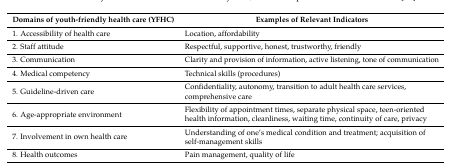
<table><thead><tr><td><b>Domains of youth-friendly health care (YFHC)</b></td><td><b>Examples of Relevant Indicators</b></td></tr></thead><tbody><tr><td>1. Accessibility of health care</td><td>Location, affordability</td></tr><tr><td>2. Staff attitude</td><td>Respectful, supportive, honest, trustworthy, friendly</td></tr><tr><td>3. Communication</td><td>Clarity and provision of information, active listening, tone of communication</td></tr><tr><td>4. Medical competency</td><td>Technical skills (procedures)</td></tr><tr><td>5. Guideline-driven care</td><td>Confidentiality, autonomy, transition to adult health care services, comprehensive care</td></tr><tr><td>6. Age-appropriate environment</td><td>Flexibility of appointment times, separate physical space, teen-oriented health information, cleanliness, waiting time, continuity of care, privacy</td></tr><tr><td>7. Involvement in own health care</td><td>Understanding of one’s medical condition and treatment; acquisition of self-management skills</td></tr><tr><td>8. Health outcomes</td><td>Pain management, quality of life</td></tr></tbody></table>